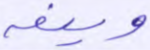
وينعه